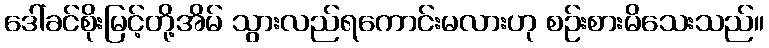
ဒေါ်ခင်စိုးမြင့်တို့အိမ် သွားလည်ရကောင်းမလားဟု စဉ်းစားမိသေးသည်။